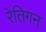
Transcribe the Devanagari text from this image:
रेतिगन